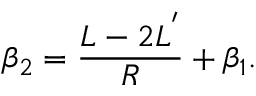
\beta _ { 2 } = \frac { L - 2 L ^ { ' } } { R } + \beta _ { 1 } .